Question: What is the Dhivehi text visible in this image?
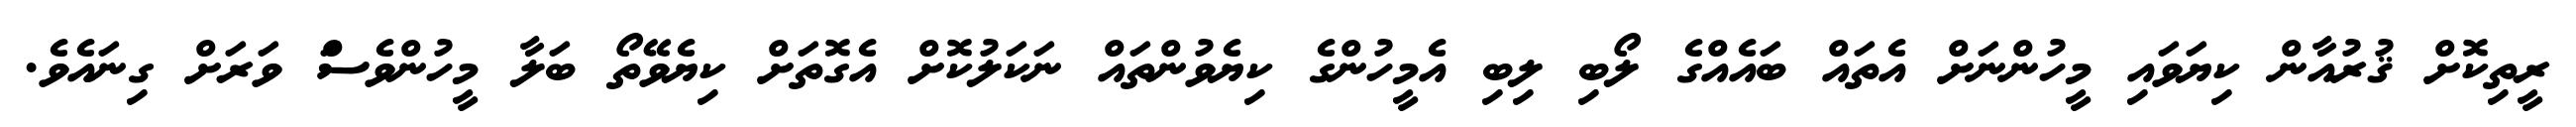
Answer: ރީތިކޮށް ޤުރުއާން ކިޔަވައި މީހުންނަށް އެތައް ބައެއްގެ ލޯބި ލިބި އެމީހުންގެ ކިޔެވުންތައް ނަކަލުކޮށް އެގޮތަށް ކިޔެވޭތޯ ބަލާ މީހުންވެސަް ވަރަށް ގިނައެވެ.